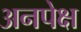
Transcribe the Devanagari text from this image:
अनपेक्ष